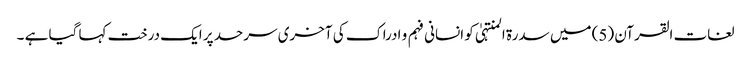
لغات القرآن (5) میں سدرة المنتہیٰ کو انسانی فہم و ادراک کی آخری سرحد پر ایک درخت کہا گیا ہے ۔